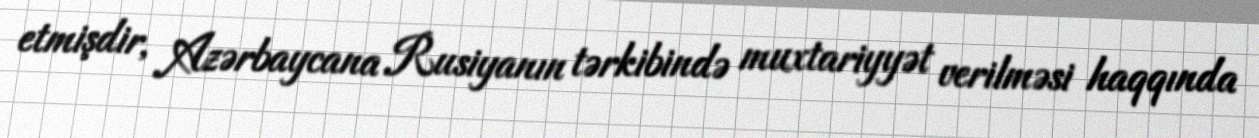
etmişdir, Azərbaycana Rusiyanın tərkibində muxtariyyət verilməsi haqqında